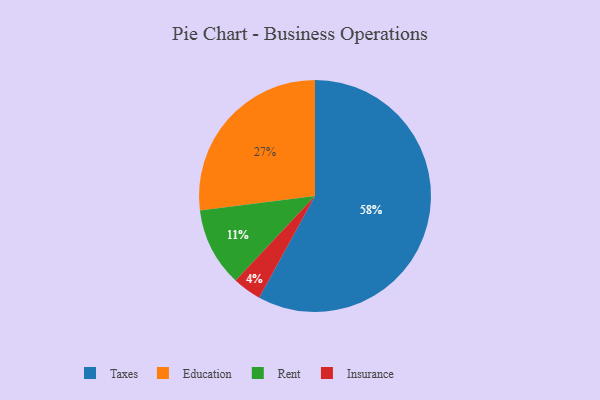
{"axis": {"x": "Category", "y": "Percentage"}, "legend": ["Education", "Insurance", "Rent", "Taxes"], "data": [{"x": "Rent", "y": 11, "type": "Rent"}, {"x": "Insurance", "y": 4, "type": "Insurance"}, {"x": "Education", "y": 27, "type": "Education"}, {"x": "Taxes", "y": 58, "type": "Taxes"}]}